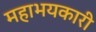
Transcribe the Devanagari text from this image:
महाभयकारी